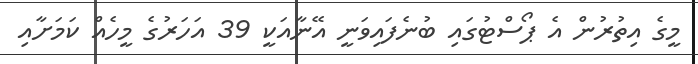
މީގެ އިތުރުން އެ ޕޯސްޓުގައި ބުނެފައިވަނީ އޭނާއަކީ 39 އަހަރުގެ މީހެއް ކަމަށާއި